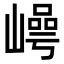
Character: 𡼑